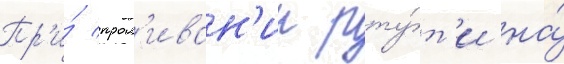
Пр'и́ прол'иван'ии рту́т'и на́